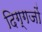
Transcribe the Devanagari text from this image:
दिग्‍गजों